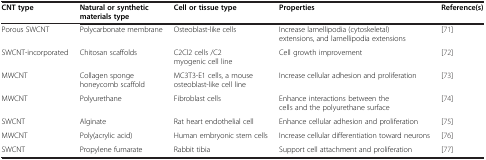
<table><thead><tr><td><b>CNT type</b></td><td><b>Natural or synthetic materials type</b></td><td><b>Cell or tissue type</b></td><td><b>Properties</b></td><td><b>Reference(s)</b></td></tr></thead><tbody><tr><td>Porous SWCNT</td><td>Polycarbonate membrane</td><td>Osteoblast-like cells</td><td>Increase lamellipodia (cytoskeletal) extensions, and lamellipodia extensions</td><td>[71]</td></tr><tr><td>SWCNT-incorporated</td><td>Chitosan scaffolds</td><td>C2Cl2 cells /C2 myogenic cell line</td><td>Cell growth improvement</td><td>[72]</td></tr><tr><td>MWCNT</td><td>Collagen sponge honeycomb scaffold</td><td>MC3T3-E1 cells, a mouse osteoblast-like cell line</td><td>Increase cellular adhesion and proliferation</td><td>[73]</td></tr><tr><td>MWCNT</td><td>Polyurethane</td><td>Fibroblast cells</td><td>Enhance interactions between the cells and the polyurethane surface</td><td>[74]</td></tr><tr><td>SWCNT</td><td>Alginate</td><td>Rat heart endothelial cell</td><td>Enhance cellular adhesion and proliferation</td><td>[75]</td></tr><tr><td>MWCNT</td><td>Poly(acrylic acid)</td><td>Human embryonic stem cells</td><td>Increase cellular differentiation toward neurons</td><td>[76]</td></tr><tr><td>SWCNT</td><td>Propylene fumarate</td><td>Rabbit tibia</td><td>Support cell attachment and proliferation</td><td>[77]</td></tr></tbody></table>